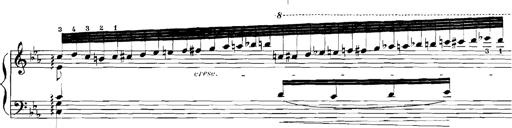
Title: Rhapsodies hongroises
Composer: Franz Liszt